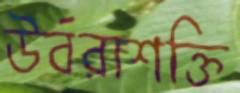
উর্বরাশক্তি